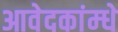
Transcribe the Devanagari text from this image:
आवेदकांम्धे